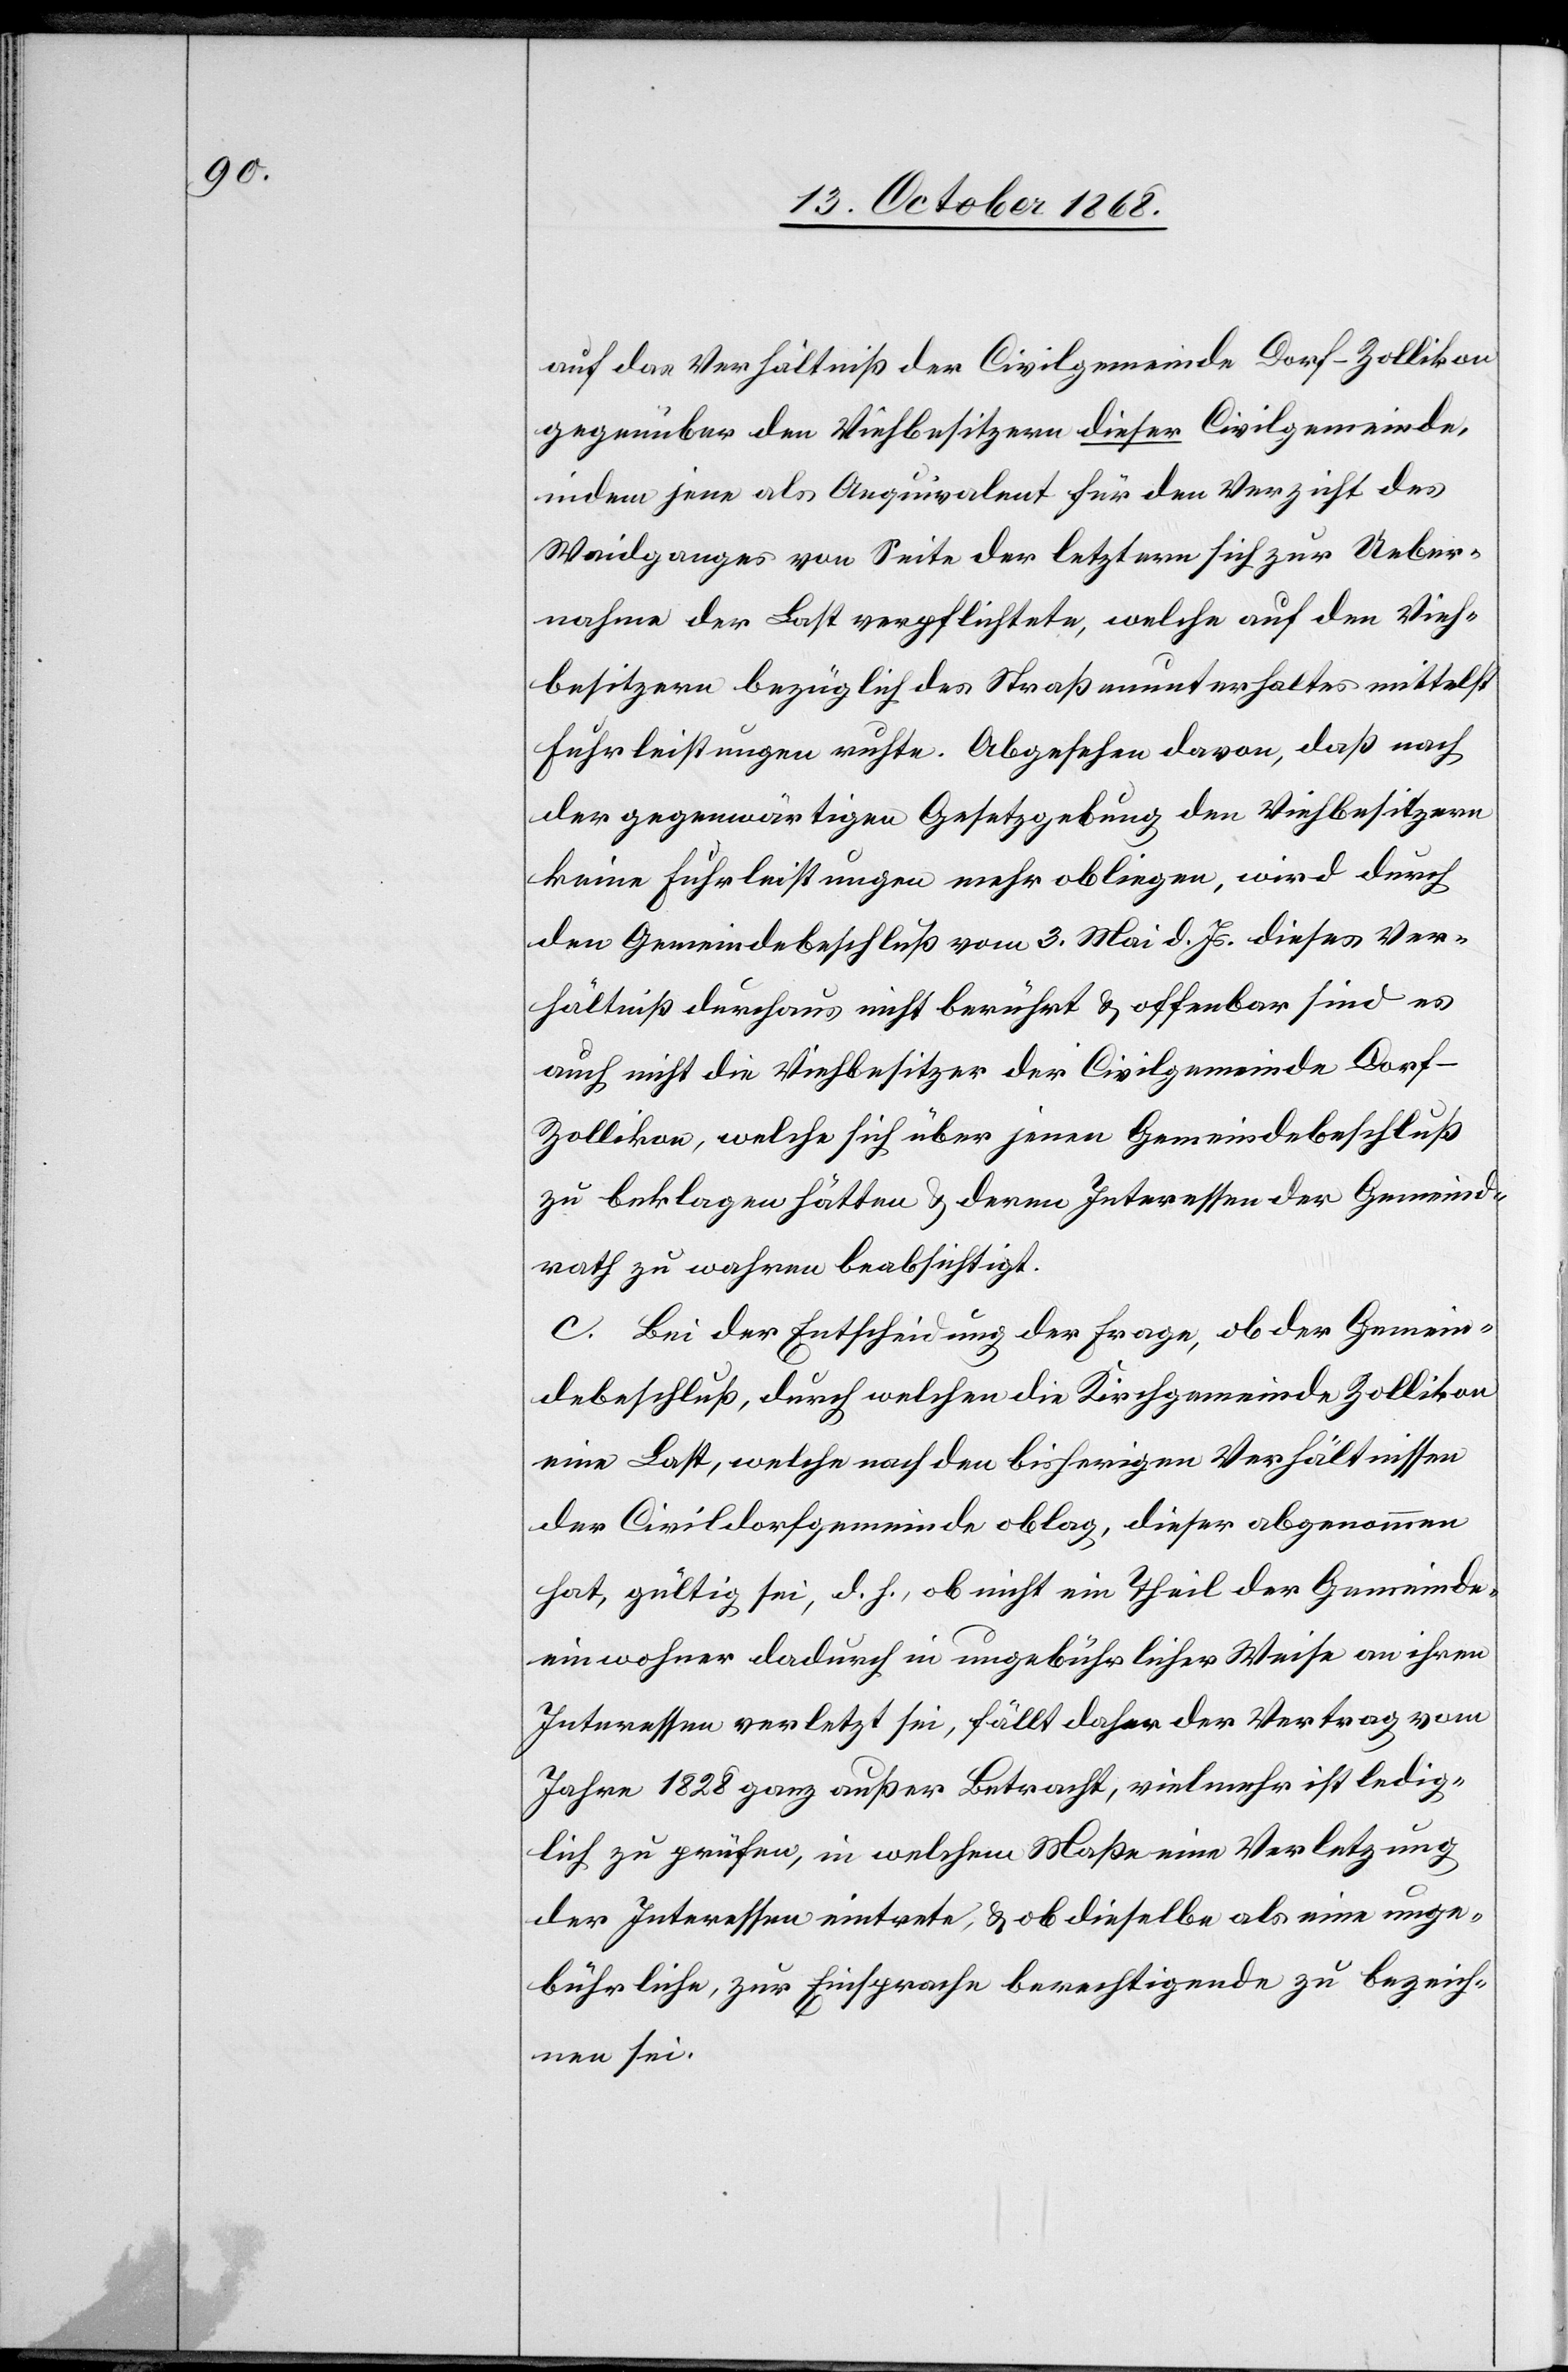
auf das Verhältniß der Civilgemeinde Dorf-Zollikon
gegenüber den Viehbesitzern dieser Civilgemeinde,
indem jene als Aequivalent für den Verzicht des
Waidganges von Seite der letztern sich zur Ueber¬
nahme der Last verpflichtete, welche auf den Vieh¬
besitzern bezüglich des Straßenunterhaltes mittelst
Fuhrleistungen ruhte. Abgesehen davon, daß nach
der gegenwärtigen Gesetzgebung den Viehbesitzern
keine Fuhrleistungen mehr obliegen, wird durch
den Gemeindebeschluß vom 3. Mai d. Js. dieses Ver¬
hältniß durchaus nicht berührt & offenbar sind es
auch nicht die Viehbesitzer der Civilgemeinde Dorf-Z¬
ollikon, welche sich über jenen Gemeindebeschluß
zu beklagen hätten & deren Interessen der Gemeind¬
rath zu wahren beabsichtigt.
c. Bei der Entscheidung der Frage, ob der Gemein¬
debeschluß, durch welchen die Kirchgemeinde Zollikon
eine Last, welche nach den bisherigen Verhältnissen
der Civildorfgemeinde oblag, dieser abgenommen
hat, gültig sei, d. h., ob nicht ein Theil der Gemeinde¬
einwohner dadurch in ungebührlicher Weise an ihren
Interessen verletzt sei, fällt daher der Vertrag vom
Jahre 1828 ganz außer Betracht, vielmehr ist ledig¬
lich zu prüfen, in welchem Maße eine Verletzung
der Interessen eintrete, & ob dieselbe als eine unge¬
bührliche, zur Einsprache berechtigende zu bezeich¬
nen sei.